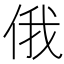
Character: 俄